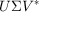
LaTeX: U { \boldsymbol { \Sigma } } V ^ { * }